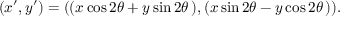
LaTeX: ( x ^ { \prime } , y ^ { \prime } ) = ( ( x \cos 2 \theta + y \sin 2 \theta \, ) , ( x \sin 2 \theta - y \cos 2 \theta \, ) ) .